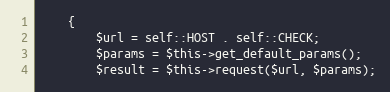
Language: PHP
    {
        $url = self::HOST . self::CHECK;
        $params = $this->get_default_params();
        $result = $this->request($url, $params);